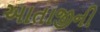
આતાજીની